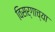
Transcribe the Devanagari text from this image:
विसर्गाच्या